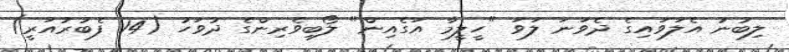
ލިބުނު އެލަވައިގެ ދެވަނަ ލަވަ "ހީލީމާ އަގެއިން" ލޯބިވެރިންގެ ދުވަހު (14 ފެބުރުއަރީ)